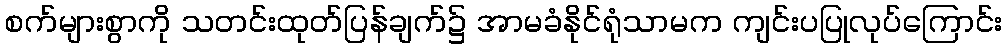
စက်များစွာကို သတင်းထုတ်ပြန်ချက်၌ အာမခံနိုင်ရုံသာမက ကျင်းပပြုလုပ်ကြောင်း